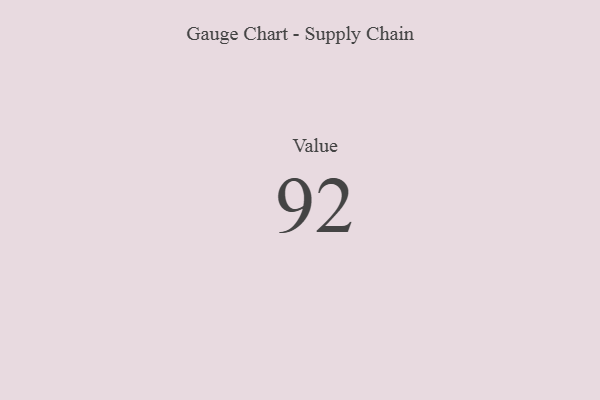
{"axis": {"x": "Metric", "y": "Value"}, "legend": [""], "data": [{"x": "Value", "y": 92, "type": ""}]}